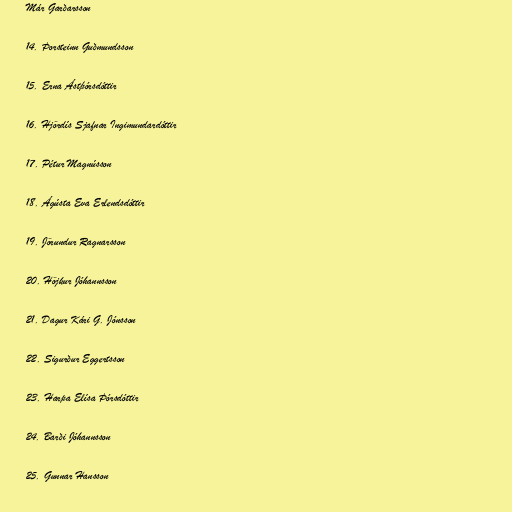
Már Garðarsson

14. Þorsteinn Guðmundsson

15. Erna Ástþórsdóttir

16. Hjördís Sjafnar Ingimundardóttir

17. Pétur Magnússon

18. Ágústa Eva Erlendsdóttir

19. Jörundur Ragnarsson

20. Höjkur Jóhannsson

21. Dagur Kári G. Jónsson

22. Sigurður Eggertsson

23. Harpa Elísa Þórsdóttir

24. Barði Jóhannsson

25. Gunnar Hansson